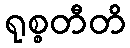
ရုစ္စတီတိ